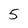
Character: 5